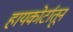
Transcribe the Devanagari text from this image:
हायकोर्टातून